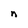
Character: n